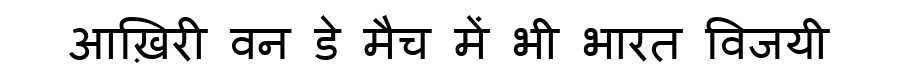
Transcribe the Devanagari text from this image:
आख़िरी वन डे मैच में भी भारत विजयी